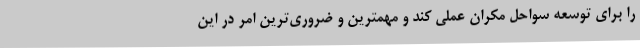
را برای توسعه سواحل مکران عملی کند و مهمترین و ضروری‌ترین امر در این